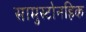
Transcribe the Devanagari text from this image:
सामुस्टोनहिक